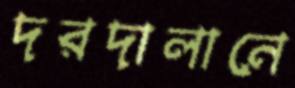
দরদালানে